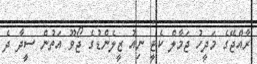
ރާއްޖޭގެ މަދީހު ޖަމާލް ކެޓީ ނިއު ޒީލެންޑުގެ ޖޯވޫ އަތުން ސީދާ ދެ